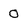
Character: O